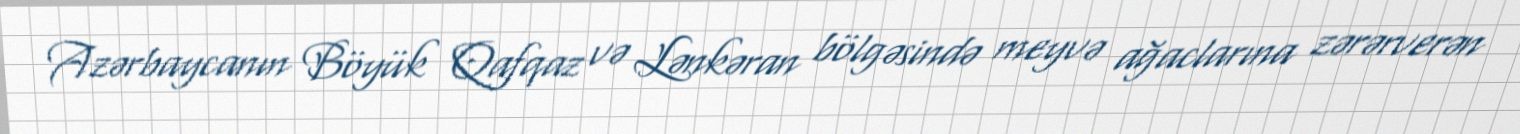
Azərbaycanın Böyük Qafqaz və Lənkəran bölgəsində meyvə ağaclarına zərərverən